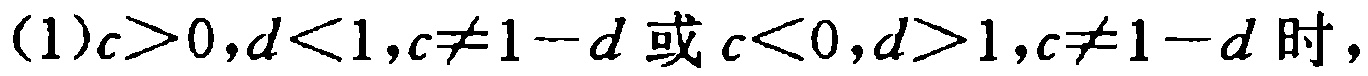
(1)$c>0,d<1,c\neq1 - d\text{ 或 }c<0,d>1,c\neq1 - d$ 时，